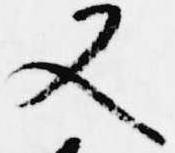
又